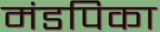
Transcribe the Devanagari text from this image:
मंडपिका